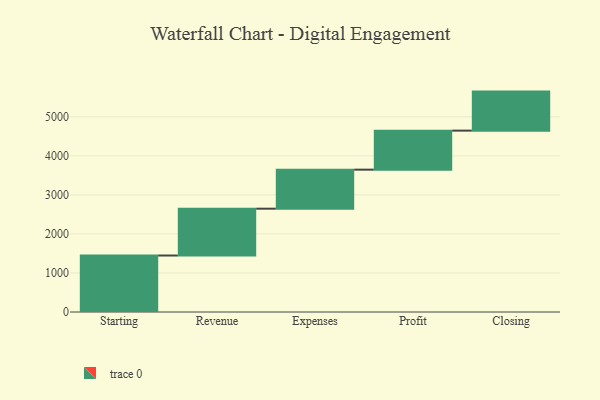
{"axis": {"x": "Step", "y": "Value"}, "legend": [""], "data": [{"x": "Starting", "y": 1447.0, "type": ""}, {"x": "Revenue", "y": 1200.0, "type": ""}, {"x": "Expenses", "y": 1000, "type": ""}, {"x": "Profit", "y": 1000, "type": ""}, {"x": "Closing", "y": 1000, "type": ""}]}